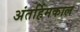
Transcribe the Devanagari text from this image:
अंतर्हिमकाल